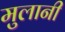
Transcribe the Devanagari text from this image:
मुलानी